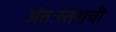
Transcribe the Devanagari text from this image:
अंतःस्तराची